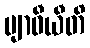
ဗျာဓီယီတိ